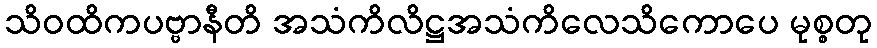
သိဝထိကပဗ္ဗာနီတိ အသံကိလိဋ္ဌအသံကိလေသိကောပေ မုစ္စတု